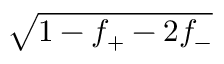
\sqrt { 1 - f _ { + } - 2 f _ { - } }